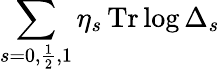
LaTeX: \sum_{s=0,\frac{1}{2},1}\eta_{s}\, \mathrm{Tr}\log\Delta_{s}